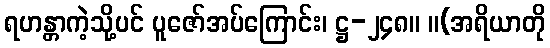
ရဟန္တာကဲ့သို့ပင် ပူဇော်အပ်ကြောင်း၊ ဋ္ဌ-၂၄၈။ ။(အရိယာတို